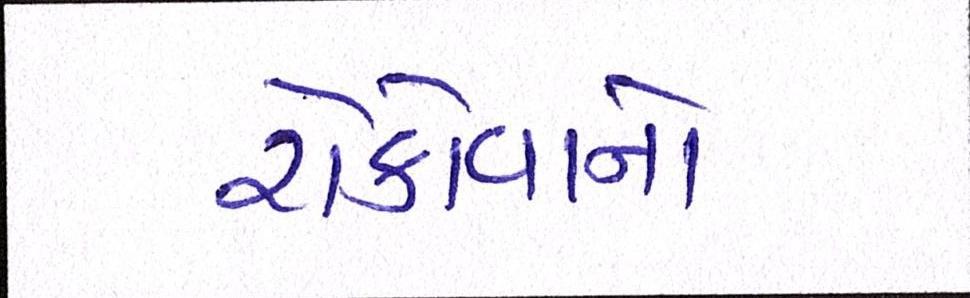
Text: રોકોવાનો